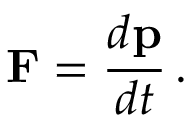
\mathbf { F } = { \frac { d \mathbf { p } } { d t } } \, .